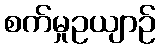
စက်မှုဥယျာဉ်